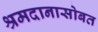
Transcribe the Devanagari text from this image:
श्रमदानासोबत